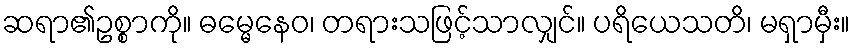
ဆရာ၏ဥစ္စာကို။ ဓမ္မေနေဝ၊ တရားသဖြင့်သာလျှင်။ ပရိယေသတိ၊ မရှာမှီး။